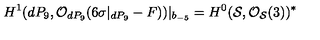
H ^ { 1 } ( d P _ { 9 } , { \cal O } _ { d P _ { 9 } } ( 6 \sigma | _ { d P _ { 9 } } - F ) ) | _ { b _ { - 5 } } = H ^ { 0 } ( { \cal S } , { \cal O } _ { { \cal S } } ( 3 ) ) ^ { * }